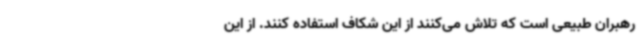
رهبران طبیعی است که تلاش می‌کنند از این شکاف استفاده کنند. از این